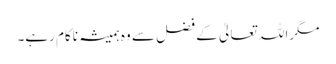
مگراللہ تعالیٰ کے فضل سے وہ ہمیشہ ناکام رہے۔